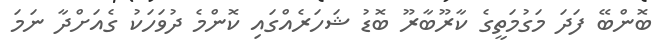
ބޮންބޭ ފަދަ މަގުމަތީގެ ކާރޫބާރޫ ބޮޑު ޝަހަރެއްގައި ކޮންމެ ދުވަހަކު ގެއަށްދާ ނަމަ